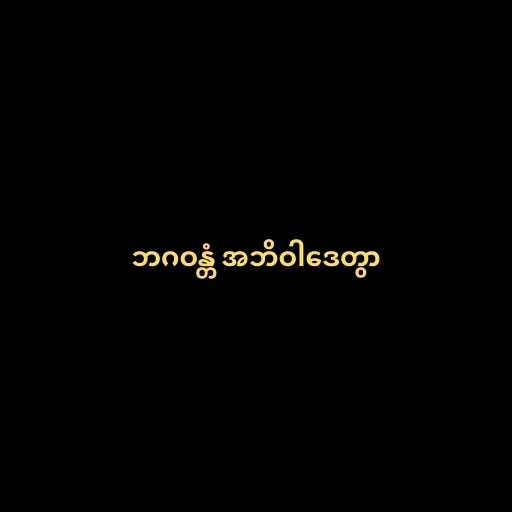
ဘဂဝန္တံ အဘိဝါဒေတွာ